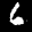
Label: 6